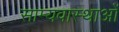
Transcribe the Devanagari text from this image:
साम्यवास्थाओं